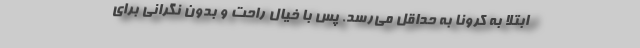
ابتلا به کرونا به حداقل می‌رسد. پس با خیال راحت و بدون نگرانی برای